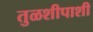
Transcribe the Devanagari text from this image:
तुळशीपाशी